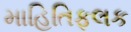
માહિતિફલક